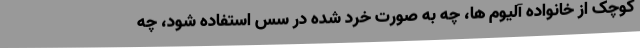
کوچک از خانواده آلیوم ها، چه به صورت خرد شده در سس استفاده شود، چه